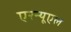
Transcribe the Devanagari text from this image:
एरन्‍यूएल